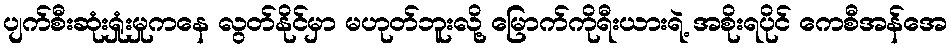
ပျက်စီးဆုံးရှုံးမှုကနေ လွတ်နိုင်မှာ မဟုတ်ဘူးလို့ မြောက်ကိုရီးယားရဲ့ အစိုးရပိုင် ကေစီအန်အေ